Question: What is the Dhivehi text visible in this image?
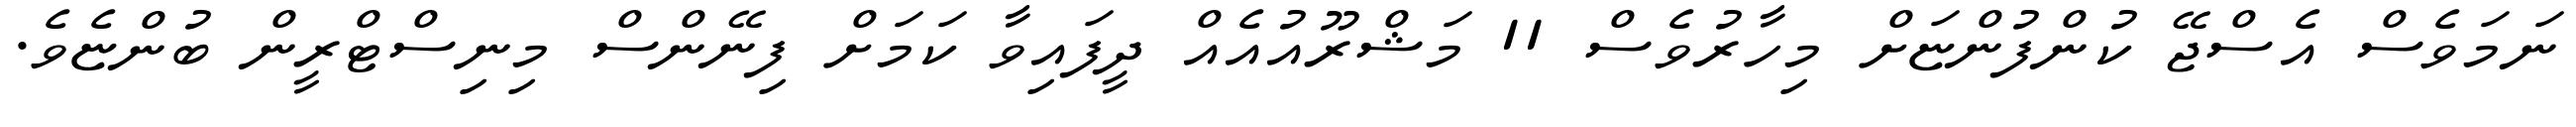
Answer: ނަމަވެސް އެސްޖޭ ކުންފުންޏަށް މިހާރުވެސް 11 މަޝްރޫއުއެއް ދީފައިވާ ކަމަށް ފިނޭންސް މިނިސްޓްރީން ބުންޏެވެ.